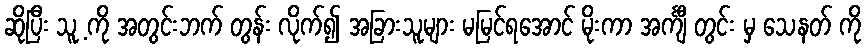
ဆိုပြီး သူ့ ကို အတွင်းဘက် တွန်း လိုက်၍ အခြားသူများ မမြင်ရအောင် မိုးကာ အင်္ကျီ တွင်း မှ သေနတ် ကို